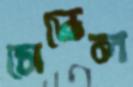
সেন্ডেল